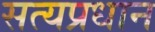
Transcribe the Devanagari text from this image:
सत्यप्रधान